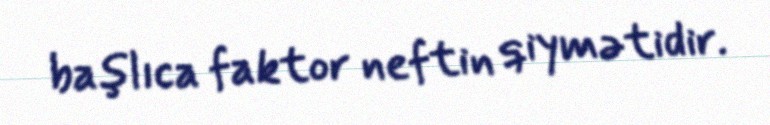
başlıca faktor neftin qiymətidir.